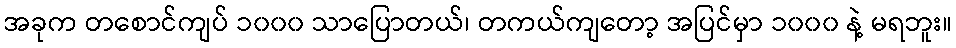
အခုက တစောင်ကျပ် ၁၀၀၀ သာပြောတယ်၊ တကယ်ကျတော့ အပြင်မှာ ၁၀၀၀ နဲ့ မရဘူး။